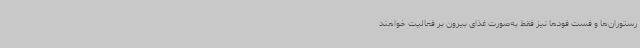
رستوران‌ها و فست فودها نیز فقط به‌صورت غذای بیرون بر فعالیت خواهند